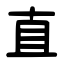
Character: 直